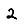
Digit: 2